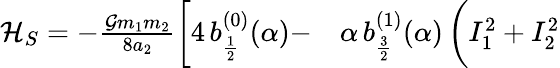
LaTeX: \begin{array}{rl}{\mathcal{H}_{S}=-\frac{\mathcal{G}m_{1}m_{2}}{8a_{2}}\bigg[4\, b_{\frac{1}{2}}^{(0)}(\alpha)-}&{{}\alpha\, b_{\frac{3}{2}}^{(1)}(\alpha)\, \bigg(I_{1}^{2}+I_{2}^{2}}\end{array}